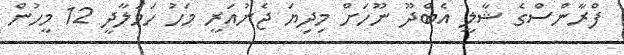
ފްރާންސްގެ ޝާލީ އެބްދޫ ނޫހަށް މިދިޔަ ޖެނުއަރީ މަހު ހަމަލާދީ 12 މީހުން